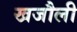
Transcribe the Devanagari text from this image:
खजौली